Civil Veterinary Department Bihar & Orissa reports 1929-36 - 1929-1936
Year: 1929
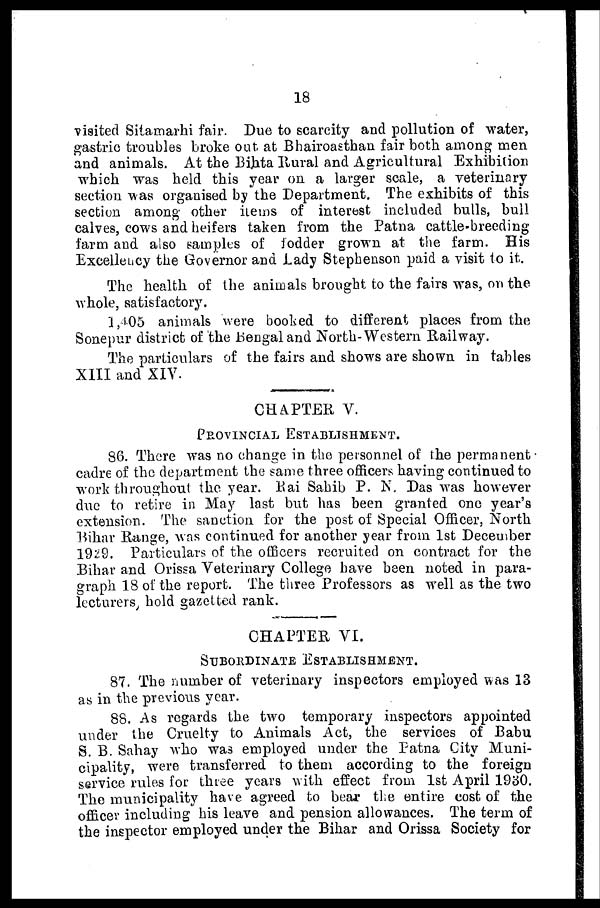
18
visited Sitamarhi fair. Due to scarcity and pollution of water,
gastric troubles broke out. at Bhairoasthan fair both among men
and animals. At the Bihta Rural and Agricultural Exhibition
which was held this year on a larger scale, a veterinary
section was organised by the Department. The exhibits of this
section among other items of interest included bulls, bull
calves, cows and heifers taken from the Patna cattle-breeding
farm and also samples of fodder grown at the farm. His
Excelleucy the Governor and Lady Stephenson paid a visit to it.
The health of the animals brought to the fairs was, on the
whole, satisfactory.
1,105 animals were booked to different places from the
Sonepur district of the Bengal and North-Western Railway.
The particulars of the fairs and shows are shown in tables
XIII and XIV.
CHAPTER V.
PROVINCIAL ESTABLISHMENT.
86. There was no change in the personnel of the permanent
cadre of the department the same three officers having continued to
work throughout the year. Eai Sahib P. N. Das was however
due to retire in May last but has been granted one year's
extension. The sanction for the post of Special Officer, North
Bihar Range, was continued for another year from 1st December
1929. Particulars of the officers recruited on contract for the
Bihar and Orissa Veterinary College have been noted in para-
graph 18 of the report. The three Professors as well as the two
lecturers hold gazetted rank.
CHAPTER VI.
SUBORDINATE ESTABLISHMENT.
87. The number of veterinary inspectors employed was 13
as in the previous year.
88. As regards the two temporary inspectors appointed
under the Cruelty to Animals Act, the services of Babu
S. B. Sahay who was employed under the Patna City Muni-
cipality, were transferred to them according to the foreign
service rules for three years with effect from 1st April 1930.
The municipality have agreed to bear the entire cost, of the
officer including his leave and pension allowances. The term of
the inspector employed under the Bihar and Orissa Society for